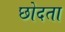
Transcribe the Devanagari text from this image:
छोदता